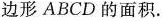
边形ABCD的面积.